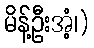
မိန့်ဦးအံ့၊)